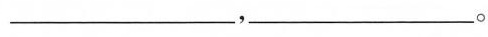
___，___。